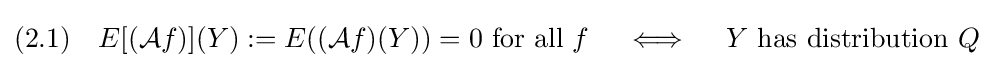
(2.1)\quad E[({\mathcal {A}}f)](Y):=E(({\mathcal {A}}f)(Y))=0{\text{ for all }}f\quad \iff \quad Y{\text{ has distribution }}Q